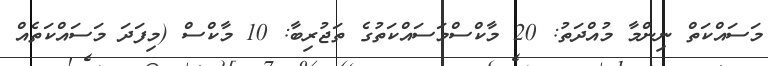
މަސައްކަތް ނިންމާ މުއްދަތު: 20 މާކްސްމަސައްކަތުގެ ތަޖުރިބާ: 10 މާކްސް (މިފަދަ މަސައްކަތެއް